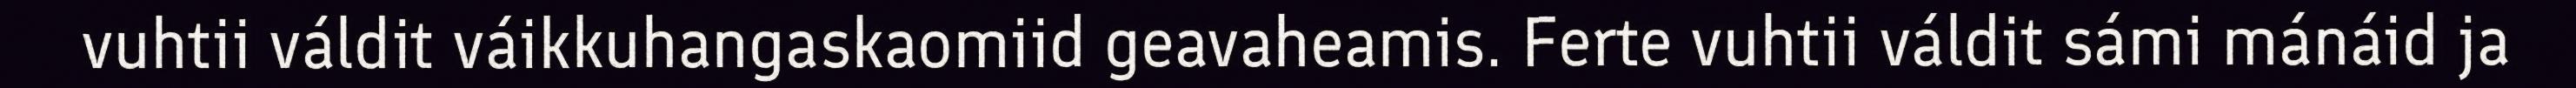
vuhtii váldit váikkuhangaskaomiid geavaheamis. Ferte vuhtii váldit sámi mánáid ja